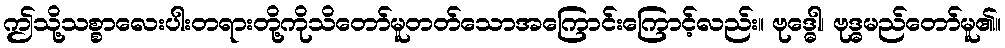
ဤသို့သစ္စာလေးပါးတရားတို့ကိုသိတော်မူတတ်သောအကြောင်းကြောင့်လည်း။ ဗုဒ္ဓေါ၊ ဗုဒ္ဓမည်တော်မူ၏။